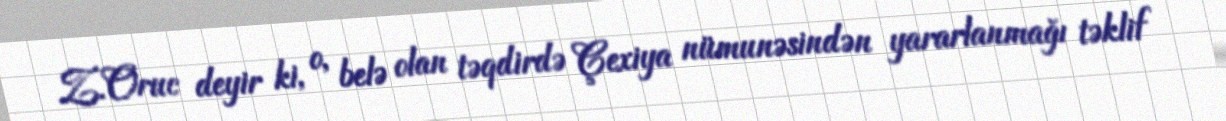
Z.Oruc deyir ki, o, belə olan təqdirdə Çexiya nümunəsindən yararlanmağı təklif